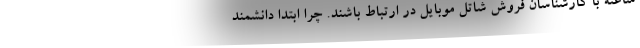
ساعته با کارشناسان فروش شاتل موبایل در ارتباط باشند. چرا ابتدا دانشمند